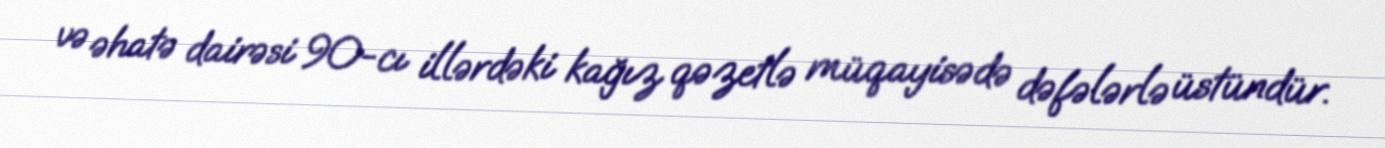
və əhatə dairəsi 90-cı illərdəki kağız qəzetlə müqayisədə dəfələrlə üstündür.